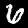
Digit: 6